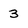
Character: 3